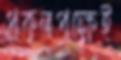
প্রকৃতপক্ষেই